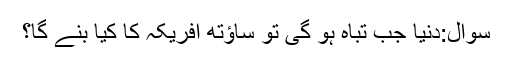
سوال:دنیا جب تباہ ہو گی تو ساؤتھ افریکہ کا کیا بنے گا؟